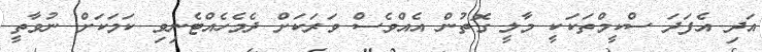
އަދި އެފަދަ ސްކީމްތަކަކީ މާލީ ގޮތުން އެއްވެސް ވަރަކަށް ދެމެހެއްޓެނިވި ކަމަކަށް ނުވާތީ